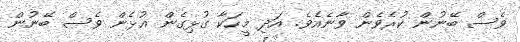
ވެސް ބޭނުން ކުރެވެން ވާނެއެވެ. އަދި މީހަކާ ގުޅިގެން އުޅެން ވެސް ބޭނުން